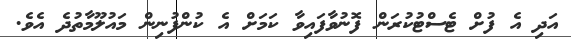
އަދި އެ ފުށް ޓެސްޓުކުރަން ފޮނުވާފައިވާ ކަމަށް އެ ކުންފުނިން މައުލޫމާތުދެ އެވެ.